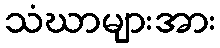
သံဃာများအား